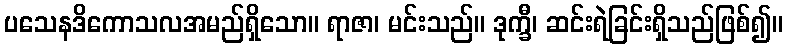
ပသေနဒိကောသလအမည်ရှိသော။ ရာဇာ၊ မင်းသည်။ ဒုက္ခီ၊ ဆင်းရဲခြင်းရှိသည်ဖြစ်၍။